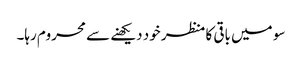
سو میں باقی کا منظر خود دیکھنے سے محروم رہا۔